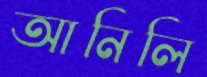
আনিলি